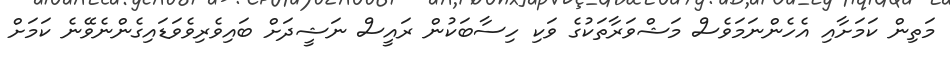
މަތިން ކަމަށާއި އެހެންނަމަވެސް މަޝްވަރާތަކުގެ ވަކި ހިސާބަކުން ރައީސް ނަޝީދަށް ބައިވެރިވެވަޑައިގެންނެވޭނެ ކަމަށް